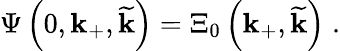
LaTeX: \Psi\left(0,\mathbf{k}_{+},\widetilde{{\mathbf{k}}}\right)=\Xi_{0}\left(\mathbf{k}_{+},\widetilde{{\mathbf{k}}}\right)\; .